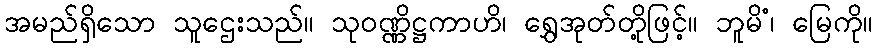
အမည်ရှိသော သူဌေးသည်။ သုဝဏ္ဏိဋ္ဌကာဟိ၊ ရွှေအုတ်တို့ဖြင့်။ ဘူမိံ၊ မြေကို။